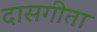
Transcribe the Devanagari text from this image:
दासगीता